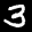
Label: 3